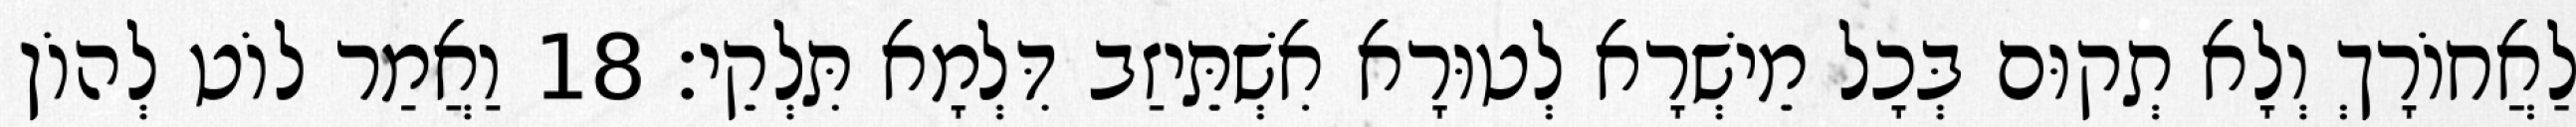
לַאֲחוֹרָךְ וְלָא תְקוּם בְּכָל מֵישְׁרָא לְטוּרָא אִשְׁתֵּיזַב דִּלְמָא תִּלְקֵי׃ 18 וַאֲמַר לוֹט לְהוֹן